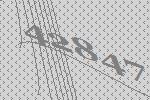
42847